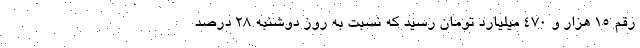
رقم 15 هزار و 470 میلیارد تومان رسید که نسبت به روز ‌دوشنبه 28 درصد